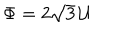
LaTeX: \Phi = 2 \sqrt { 3 } \, { \cal U }